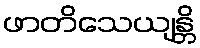
ဖာတိသေယျန္တိ